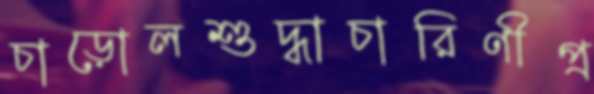
চাড়োলশুদ্ধাচারিণীপ্র